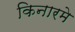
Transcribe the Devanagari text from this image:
किनारमे